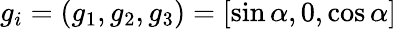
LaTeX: g_{i}=(g_{1},g_{2},g_{3})=[\sin\alpha,0,\cos\alpha]